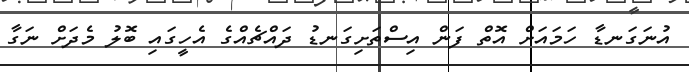
އުނަގަނޑާ ހަމައަށް އޮތް ފަން އިސްތަށިގަނޑު ދައްޗެއްގެ އެހީގައި ބޮލު މެދަށް ނަގާ